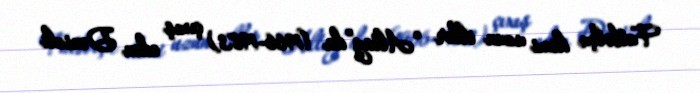
Futbolçu kimi uzun illər “Altay”da (1966-1983) çıxış edən Dənizli